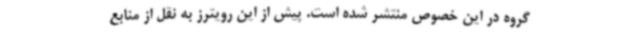
گروه در این خصوص منتشر شده است. پیش از این رویترز به نقل از منابع